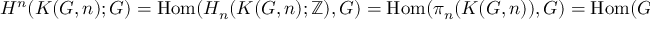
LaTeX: H ^ { n } ( K ( G , n ) ; G ) = \operatorname { H o m } ( H _ { n } ( K ( G , n ) ; \mathbb { Z } ) , G ) = \operatorname { H o m } ( \pi _ { n } ( K ( G , n ) ) , G ) = \operatorname { H o m } ( G , G ) ,